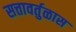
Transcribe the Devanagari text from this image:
सत्तावर्तुळास